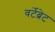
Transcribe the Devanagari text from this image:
वर्टेब्रेट